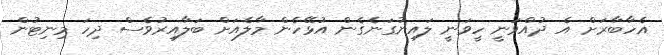
އެހާބާރަށް އެ ދުއްވަނީ ހީވަނީ ލައިނުގަނެގެން އުޅޭހެން މާލެއަށް ބަލާއިރުވެސް ދިހަ މިނިޓުން